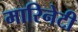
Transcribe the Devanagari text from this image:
मारिनेटी